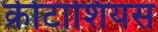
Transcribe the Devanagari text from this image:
क्रीटाशियस